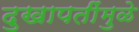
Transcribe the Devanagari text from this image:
दुखापतींमुळे